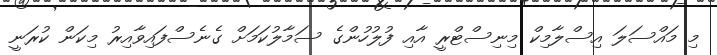
މި މައްސަލަ އިސްލާމިކް މިނިސްޓްރީ އާއި ފުލުހުންގެ ސަމާލުކަމަށް ގެނެސްފައިވާއިރު މިކަން ކުރަނީ